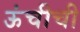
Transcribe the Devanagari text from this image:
ऊंचीची